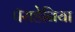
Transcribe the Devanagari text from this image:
पॅराडेनिया